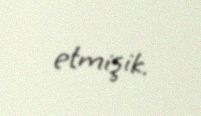
etmişik.